Civil Veterinary Dept. Bombay admin report 1932-41 - 1932-1941
Year: 1932
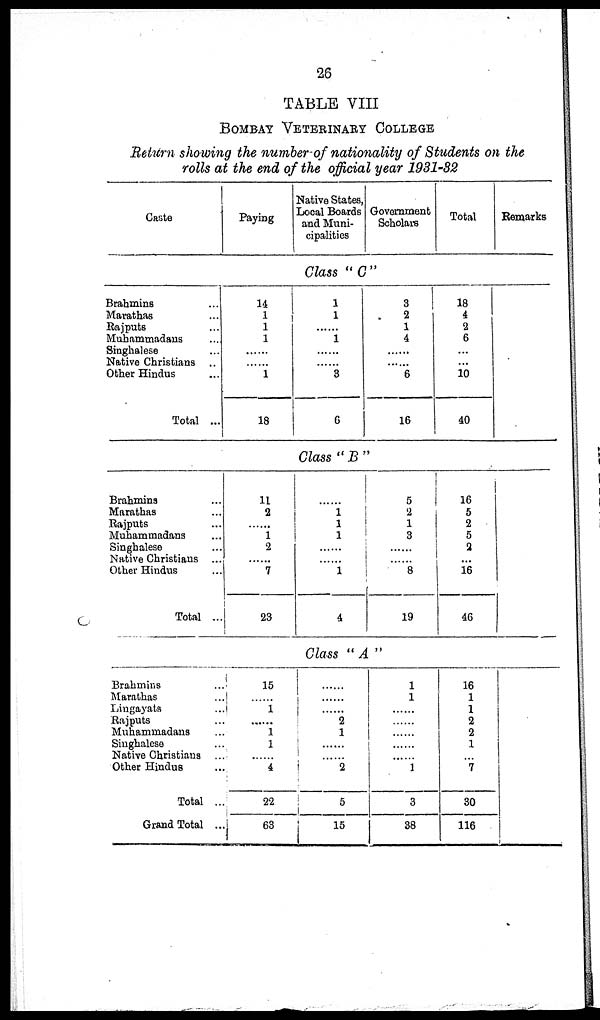
26
TABLE VIII
BOMBAY VETERINARY COLLEGE
Return showing the number of nationality of Students on the
rolls at the end of the official year 1931-32
Caste
Brahmins ...
Marathas ...
Rajputs ...
Muhammadans ...
Singhalese ...
Native Christians ..
Other Hindus ...
Total ...
Brahmins ...
Marathas ...
Rajputs ...
Muhammadans ...
Singhalese ...
Native Christians ...
Other Hindus ...
Total ..
Brahmins ...
Marathas ...
Lingayata ...
Rajputs ...
Muhammadans ...
Singhalese ...
Native Christians ...
Other Hindus ...
Total ...
Grand Total ...
Paying
14
1
1
1
......
......
1
18
11
2
......
1
2
......
7
23
15
......
1
......
1
1
......
4
22
63
Native States,
Local Boards
and Muni-
cipalities
Government
Scholars
Class "C"
1
1
......
1
......
......
3
6
3
2
1
4
......
......
6
16
Class "B"
......
1
1
1
......
......
1
4
Class "A"
......
......
......
2
1
......
......
2
5
15
5
2
1
3
......
......
8
19
1
1
......
......
......
......
1
3
38
Total
18
4
2
6
...
...
10
40
16
5
2
5
2
......
16
46
16
1
1
2
2
1
......
7
30
116
Remarks